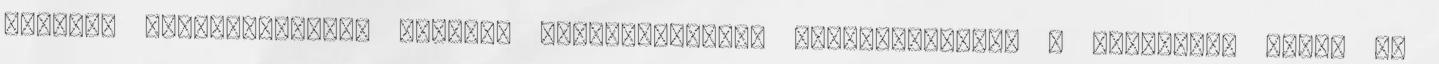
pozitív változásokban, amelyek tendenciózusan megfigyelhetôk a városban, abban az